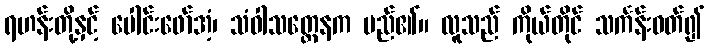
ရဟန်းတို့နှင့် ပေါင်းဖော်အံ့၊ သံဝါသတ္ထေနက မည်၏။ လူသည် ကိုယ်တိုင် သင်္ကန်းဝတ်၍